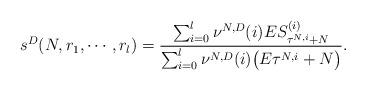
LaTeX: \begin{align*}s^D(N,r_1,\cdots, r_l)=\frac{\sum_{i=0}^l\nu^{N,D}(i)ES^{(i)}_{\tau^{N,i}+N}}{\sum_{i=0}^l\nu^{N,D}(i)\big(E\tau^{N,i}+N\big)}. \end{align*}